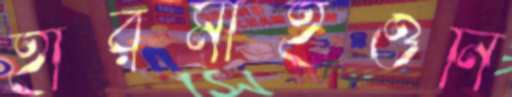
হারমাইওনি